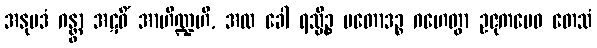
အနုပဒံ ဂန္တွာ အဋဝိံ အာဟိဏ္ဍဟိ, အထ ခေါ ရသ္မိဉ္စ ပတောဒဉ္စ ဂဟေတွာ ဥဇုကမေဝ တေသံ